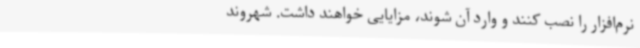
نرم‌افزار را نصب کنند و وارد آن شوند، مزایایی خواهند داشت. شهروند